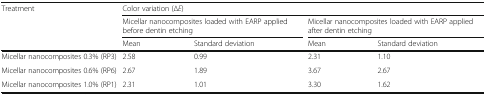
| <ROWSPAN=3> Treatment | <COLSPAN=4> Color variation (∆E) |
 | <COLSPAN=2> Micellar nanocomposites loaded with EARP applied before dentin etching | <COLSPAN=2> Micellar nanocomposites loaded with EARP applied after dentin etching |
 | Mean | Standard deviation | Mean | Standard deviation |
 | --- | --- | --- | --- | --- |
 | Micellar nanocomposites 0.3% (RP3) | 2.58 | 0.99 | 2.31 | 1.10 |
 | Micellar nanocomposites 0.6% (RP6) | 2.67 | 1.89 | 3.67 | 2.67 |
 | Micellar nanocomposites 1.0% (RP1) | 2.31 | 1.01 | 3.30 | 1.62 |